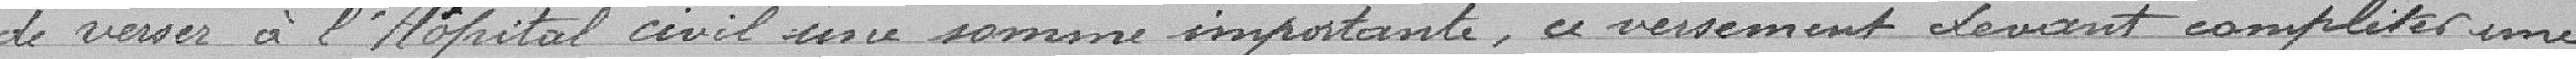
de verser à l'Hôpital civil une somme importante, ce versement devant compléter une